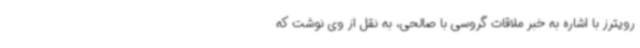
رویترز با اشاره به خبر ملاقات گروسی با صالحی، به نقل از وی نوشت که